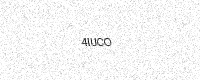
Text: 4IUCO